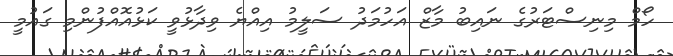
ހޯމް މިނިސްޓަރުގެ ނައިބު މާޒް އަހުމަދު ސަލީމު އިއްޔެ ވިދާޅުވީ ކަޅުއޮއްފުންމި ގައުމީ